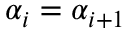
\alpha _ { i } = \alpha _ { i + 1 }